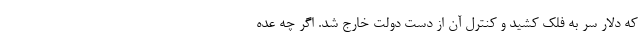
که دلار سر به فلک کشید و کنترل آن از دست دولت خارج شد. اگر چه عده